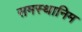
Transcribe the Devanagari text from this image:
समस्थानिम